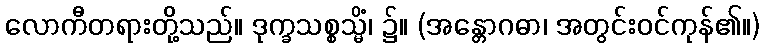
လောကီတရားတို့သည်။ ဒုက္ခသစ္စသ္မိံ၊ ၌။ (အန္တောဂဓာ၊ အတွင်းဝင်ကုန်၏။)